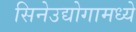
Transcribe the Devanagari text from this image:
सिनेउद्योगामध्ये